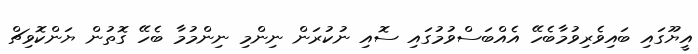
އީޔޫގައި ބައިވެރިވުމާބެހޭ އެއްބަސްވުމުގައި ސޮއި ނުކުރަން ނިންމި ނިންމުމާ ބެހޭ ގޮތުން ޔަންކޮވިޗް